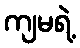
ကျမရဲ့